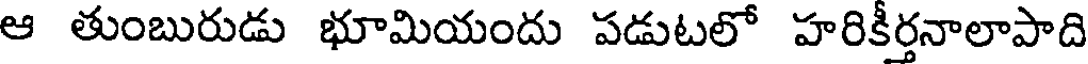
ఆ తుంబురుడు భూమియందు పడుటలో హరికీర్తనాలాపాది